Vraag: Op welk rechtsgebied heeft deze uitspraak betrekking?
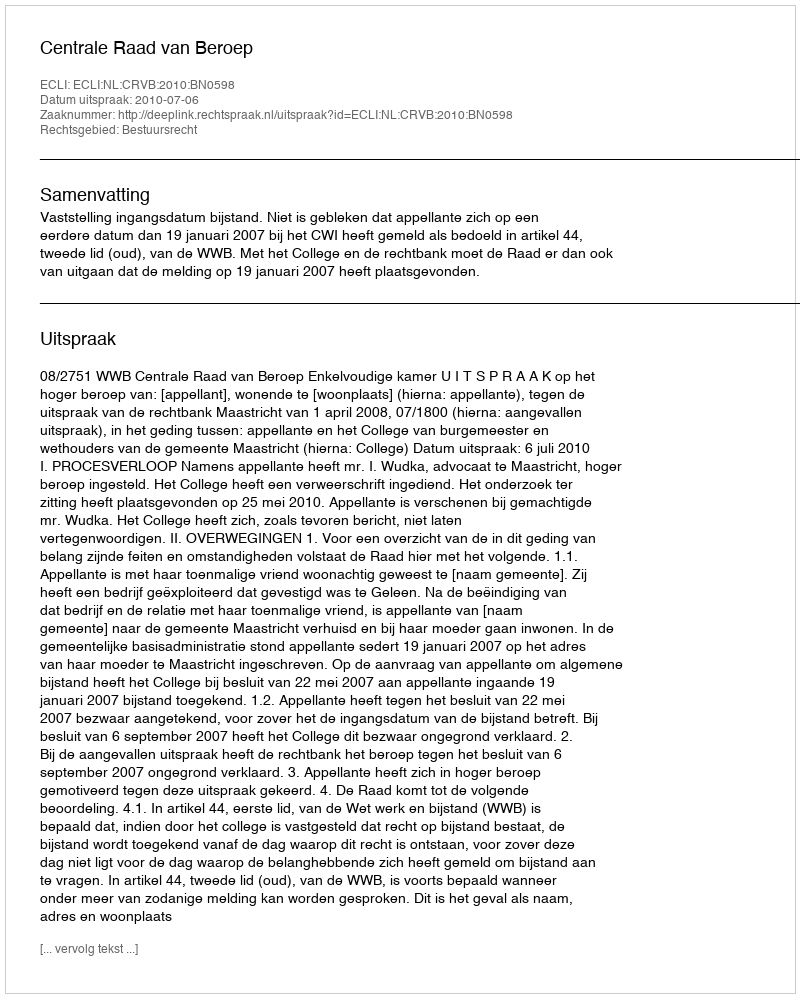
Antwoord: Bestuursrecht